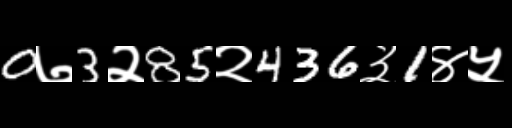
Text: 0७3२85२436३1४५